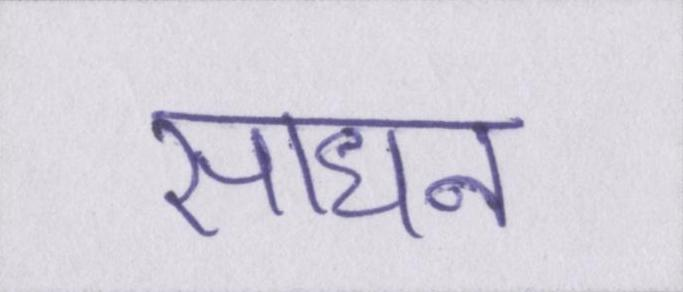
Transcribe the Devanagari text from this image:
साधन